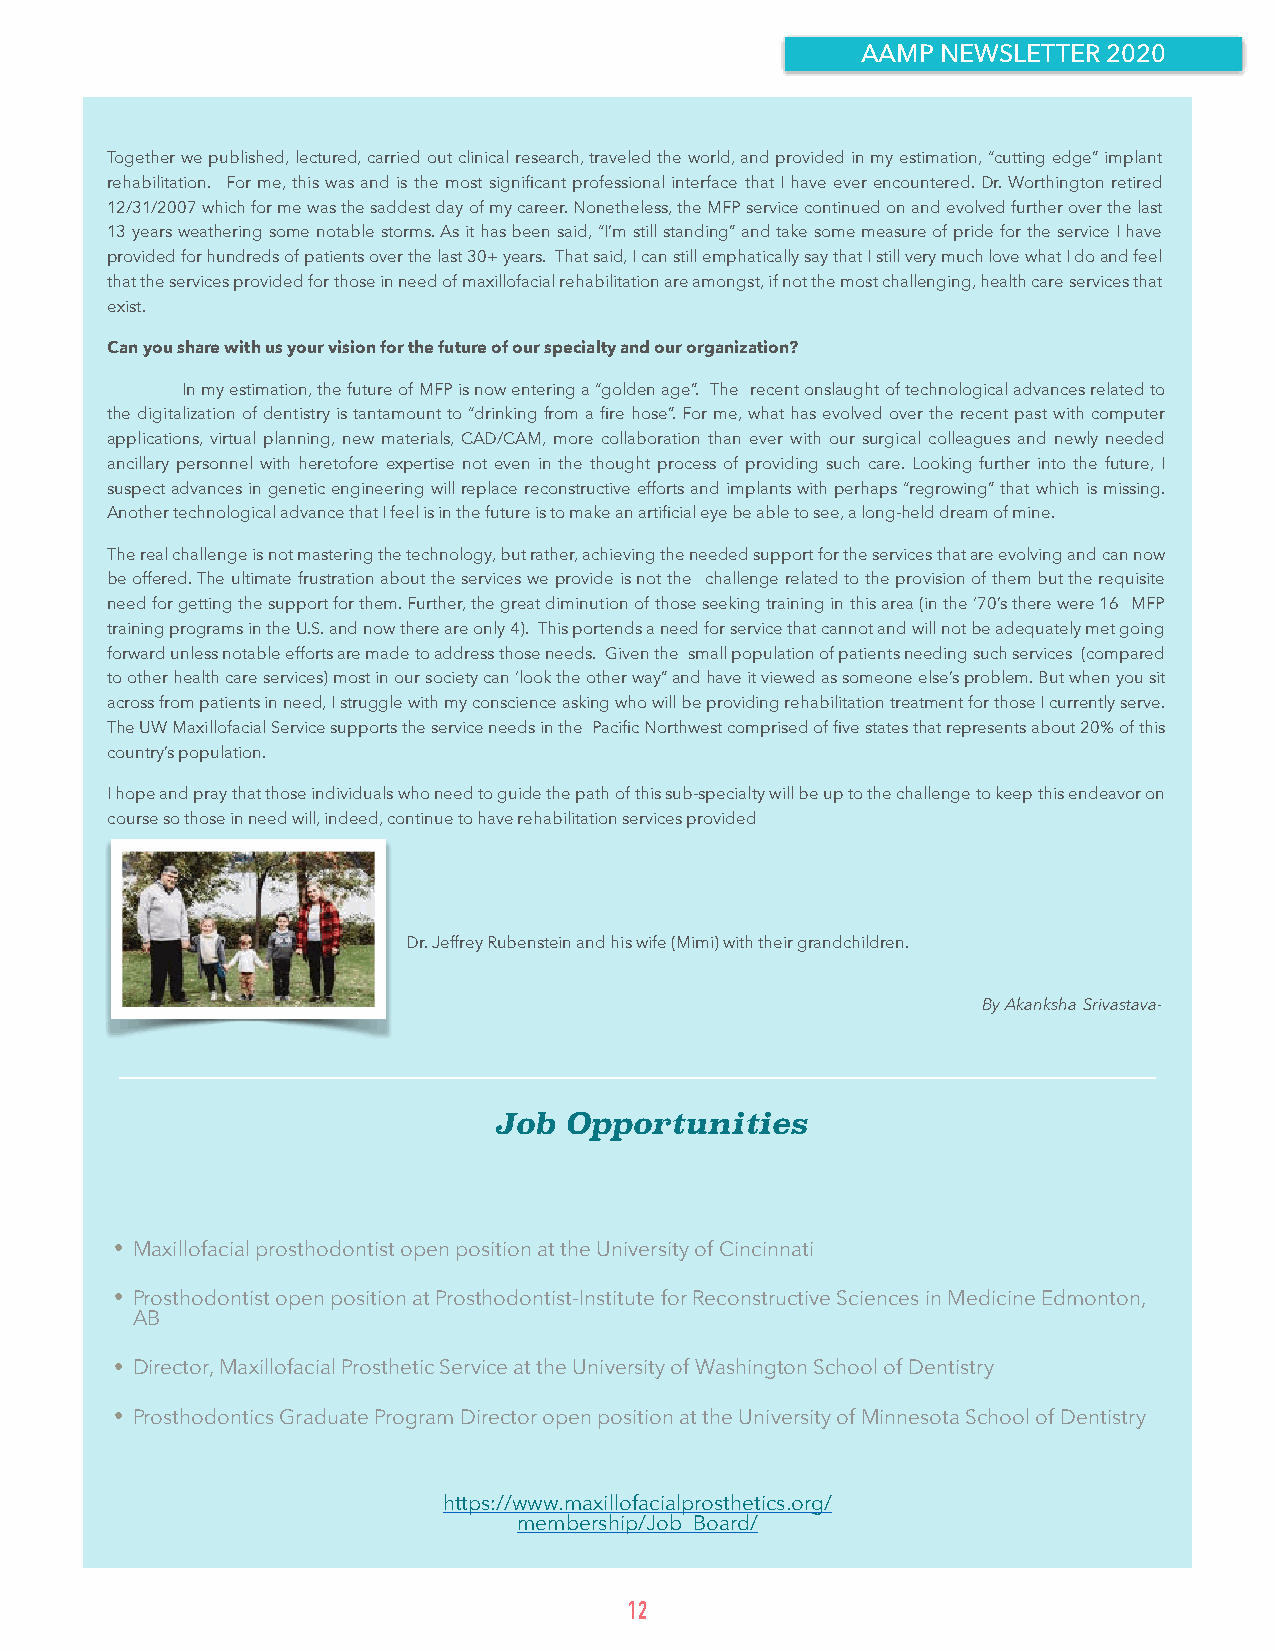
AAMP NEWSLETTER 2020
 Together we published, lectured, carried out clinical research, traveled the world, and provided in my estimation, “cutting edge” implant
 rehabilitation. For me, this was and is the most significant professional interface that I have ever encountered. Dr. Worthington retired
 12/31/2007 which for me was the saddest day of my career. Nonetheless, the MFP service continued on and evolved further over the last
 13 years weathering some notable storms. As it has been said, “I’m still standing” and take some measure of pride for the service I have
 provided for hundreds of patients over the last 30+ years. That said, I can still emphatically say that I still very much love what I do and feel
 that the services provided for those in need of maxillofacial rehabilitation are amongst, if not the most challenging, health care services that
 exist.
 Can you share with us your vision for the future of our specialty and our organization?
 In my estimation, the future of MFP is now entering a “golden age”. The recent onslaught of technological advances related to
 the digitalization of dentistry is tantamount to “drinking from a fire hose”. For me, what has evolved over the recent past with computer
 applications, virtual planning, new materials, CAD/CAM, more collaboration than ever with our surgical colleagues and newly needed
 ancillary personnel with heretofore expertise not even in the thought process of providing such care. Looking further into the future, I
 suspect advances in genetic engineering will replace reconstructive efforts and implants with perhaps “regrowing” that which is missing.
 Another technological advance that I feel is in the future is to make an artificial eye be able to see, a long-held dream of mine.
 The real challenge is not mastering the technology, but rather, achieving the needed support for the services that are evolving and can now
 be offered. The ultimate frustration about the services we provide is not the challenge related to the provision of them but the requisite
 need for getting the support for them. Further, the great diminution of those seeking training in this area (in the ‘70’s there were 16 MFP
 training programs in the U.S. and now there are only 4). This portends a need for service that cannot and will not be adequately met going
 forward unless notable efforts are made to address those needs. Given the small population of patients needing such services (compared
 to other health care services) most in our society can ‘look the other way” and have it viewed as someone else’s problem. But when you sit
 across from patients in need, I struggle with my conscience asking who will be providing rehabilitation treatment for those I currently serve.
 The UW Maxillofacial Service supports the service needs in the Pacific Northwest comprised of five states that represents about 20% of this
 country’s population.
 I hope and pray that those individuals who need to guide the path of this sub-specialty will be up to the challenge to keep this endeavor on
 course so those in need will, indeed, continue to have rehabilitation services provided
 Dr. Jeffrey Rubenstein and his wife (Mimi) with their grandchildren.
 By Akanksha Srivastava-
 Job Opportunities
 • Maxillofacial prosthodontist open position at the University of Cincinnati
 • Prosthodontist open position at Prosthodontist-Institute for Reconstructive Sciences in Medicine Edmonton,
 AB
 • Director, Maxillofacial Prosthetic Service at the University of Washington School of Dentistry
 • Prosthodontics Graduate Program Director open position at the University of Minnesota School of Dentistry
 https://www.maxillofacialprosthetics.org/
 membership/Job_Board/
 12